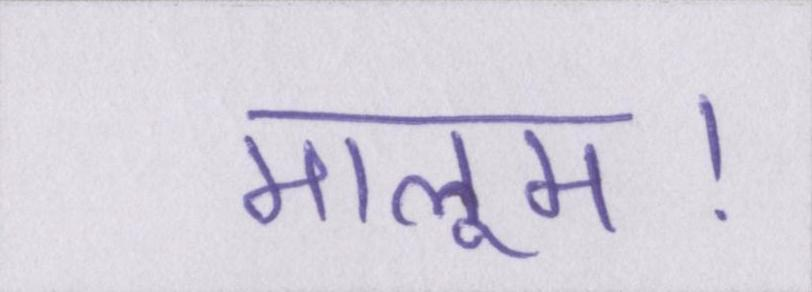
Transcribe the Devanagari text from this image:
मालूम।